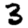
Digit: 3